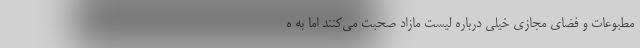
مطبوعات و فضای مجازی خیلی درباره لیست مازاد صحبت می‌کنند اما به ه